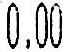
0.00